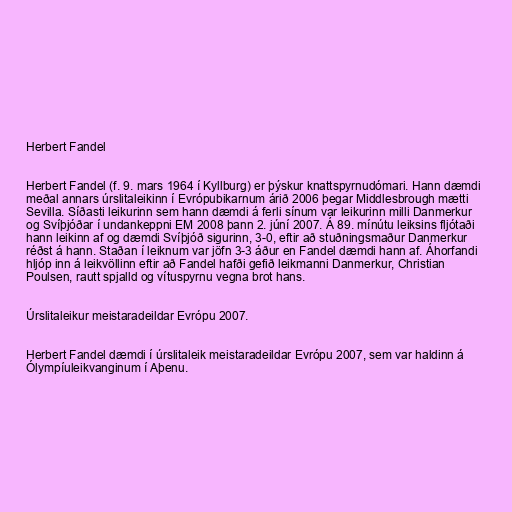
Herbert Fandel

Herbert Fandel (f. 9. mars 1964 í Kyllburg) er þýskur knattspyrnudómari. Hann dæmdi
meðal annars úrslitaleikinn í Evrópubikarnum árið 2006 þegar Middlesbrough mætti
Sevilla. Síðasti leikurinn sem hann dæmdi á ferli sínum var leikurinn milli Danmerkur
og Svíþjóðar í undankeppni EM 2008 þann 2. júní 2007. Á 89. mínútu leiksins fljótaði
hann leikinn af og dæmdi Svíþjóð sigurinn, 3-0, eftir að stuðningsmaður Danmerkur
réðst á hann. Staðan í leiknum var jöfn 3-3 áður en Fandel dæmdi hann af. Áhorfandi
hljóp inn á leikvöllinn eftir að Fandel hafði gefið leikmanni Danmerkur, Christian
Poulsen, rautt spjalld og vítuspyrnu vegna brot hans.

Úrslitaleikur meistaradeildar Evrópu 2007.

Herbert Fandel dæmdi í úrslitaleik meistaradeildar Evrópu 2007, sem var haldinn á
Ólympíuleikvanginum í Aþenu.